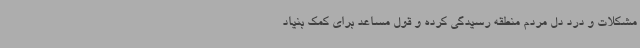
مشکلات و درد دل مردم منطقه رسیدگی کرده و قول مساعد برای کمک بنیاد